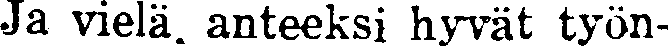
Ja vielä, anteeksi hyvät työn-